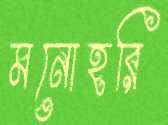
মনোহরি